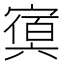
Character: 𡪴